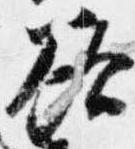
欲